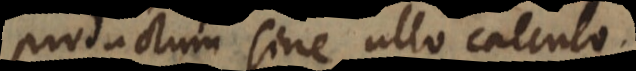
productum sine ullo calculo.